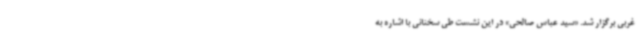
غربی برگزار شد. «سید عباس صالحی» در این نشست طی سخنانی با اشاره به